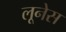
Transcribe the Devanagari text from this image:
लूनेस